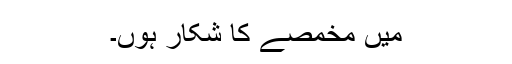
میں مخمصے کا شکار ہوں۔